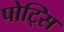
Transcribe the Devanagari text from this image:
पोट्सि